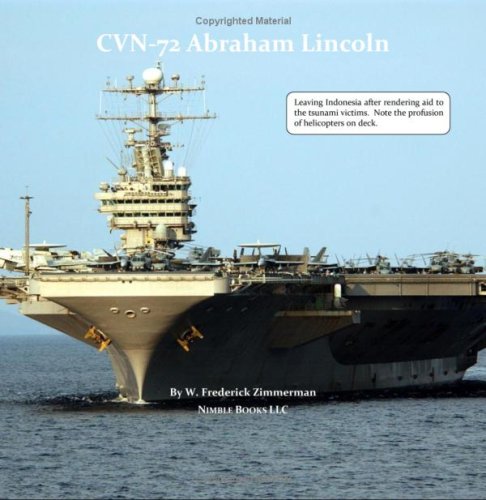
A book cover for CVN-72 ABRAHAM LINCOLN, U.S. Navy Aircraft Carrier; W. Frederick Zimmerman; Arts & Photography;